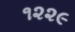
૧૨૨૯